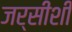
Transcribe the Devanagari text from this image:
जर्सीशी